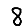
Digit: 8